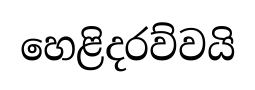
හෙළිදරව්වයි